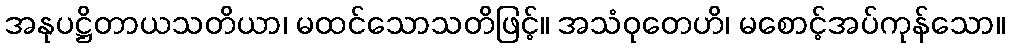
အနုပဋ္ဌိတာယသတိယာ၊ မထင်သောသတိဖြင့်။ အသံဝုတေဟိ၊ မစောင့်အပ်ကုန်သော။